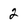
Character: 2